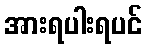
အားရပါးရပင်